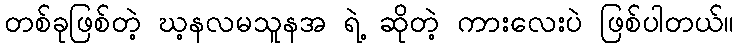
တစ်ခုဖြစ်တဲ့ ဃ့နလမသူနအ ရဲ့ ဆိုတဲ့ ကားလေးပဲ ဖြစ်ပါတယ်။